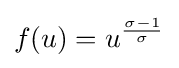
f(u)=u^{\frac {\sigma -1}{\sigma }}